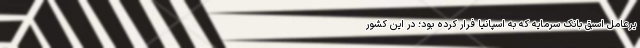
یرعامل اسبق بانک سرمایه که به اسپانیا فرار کرده بود؛ در این کشور